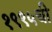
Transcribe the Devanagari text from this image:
१९९५ची